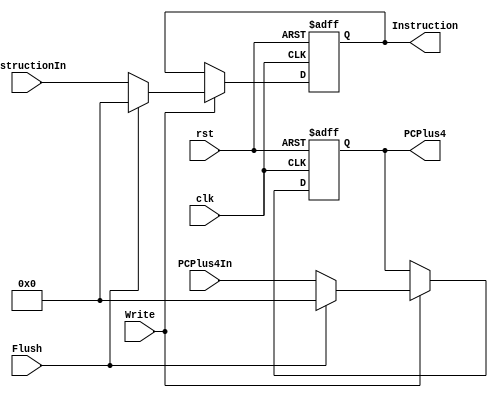
`timescale 1ns / 1ns

module IF2ID(clk, rst, PCPlus4In, InstructionIn, PCPlus4, Instruction, Flush, Write);
    output reg [31:0] PCPlus4, Instruction;
    input clk, rst, Flush, Write;
    input [31:0] PCPlus4In, InstructionIn;

    always @ (posedge clk, posedge rst) begin
        if (rst) begin
            PCPlus4 <= 0;
            Instruction <= 0;
        end
        else begin
            if (Write) begin


                if (Flush) begin
                    PCPlus4 <= 0;
                    Instruction <= 0;
                end
                else begin
                    PCPlus4 <= PCPlus4In;
                    Instruction <= InstructionIn;
                end
            end
        end
    end
endmodule